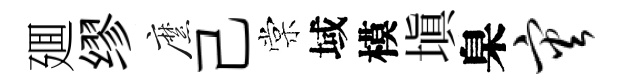
廽缪縻己棠域模塡臬灾